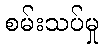
စမ်းသပ်မှု